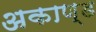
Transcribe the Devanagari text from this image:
अकाण्ड